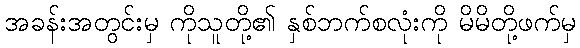
အခန်းအတွင်းမှ ကိုသူတို့၏ နှစ်ဘက်စလုံးကို မိမိတို့ဖက်မှ